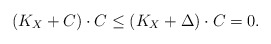
\begin{align*}(K_X+C)\cdot C \leq (K_X+\Delta)\cdot C=0.\end{align*}